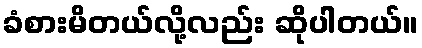
ခံစားမိတယ်လို့လည်း ဆိုပါတယ်။